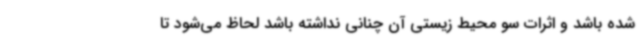
شده باشد و اثرات سو محیط زیستی آن چنانی نداشته باشد لحاظ می‌شود تا